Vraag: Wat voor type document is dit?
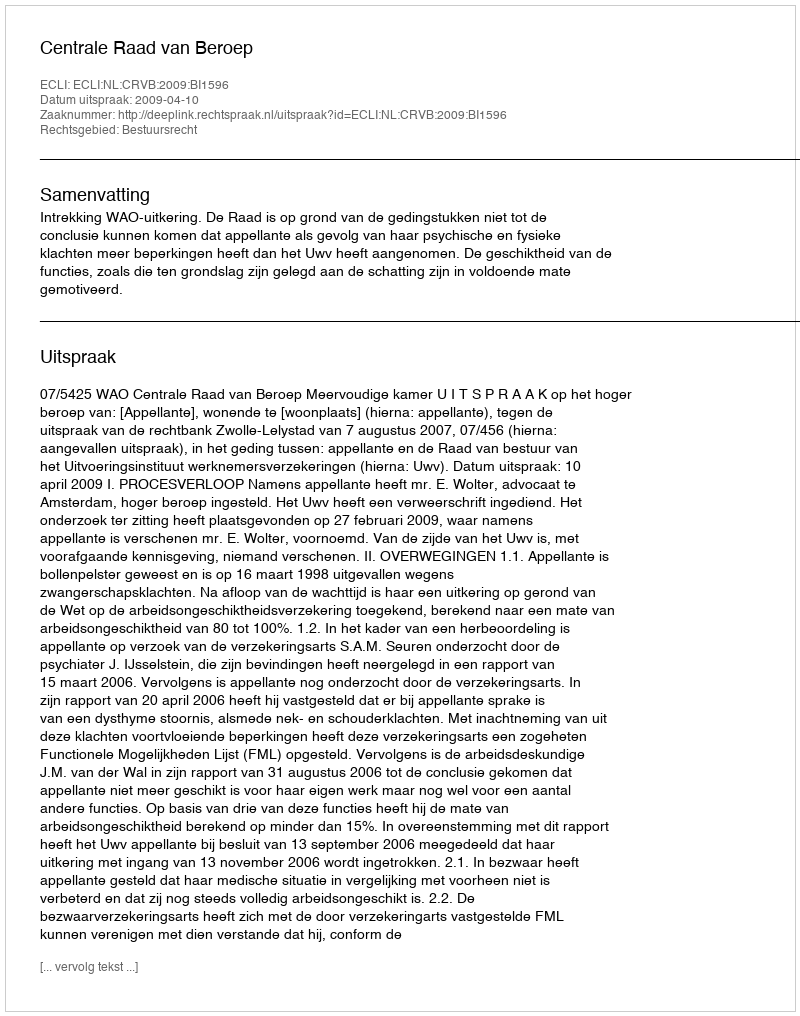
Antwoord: Uitspraak